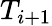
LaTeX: T_{i+1}